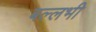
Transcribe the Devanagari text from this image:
बल्‍लभी